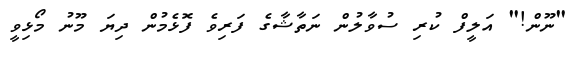
"ނޫން!" އަލީފް ކުރި ސުވާލުން ނަތާޝާގެ ފަރިވެ ފޮޅެމުން ދިޔަ މޫނު މޯޅިވީ